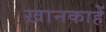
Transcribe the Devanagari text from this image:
ख़ानकाहें